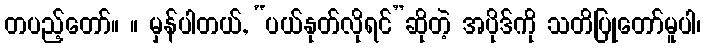
တပည့်တော်။ ။ မှန်ပါတယ်, “ပယ်နုတ်လိုရင်”ဆိုတဲ့ အပိုဒ်ကို သတိပြုတော်မူပါ၊